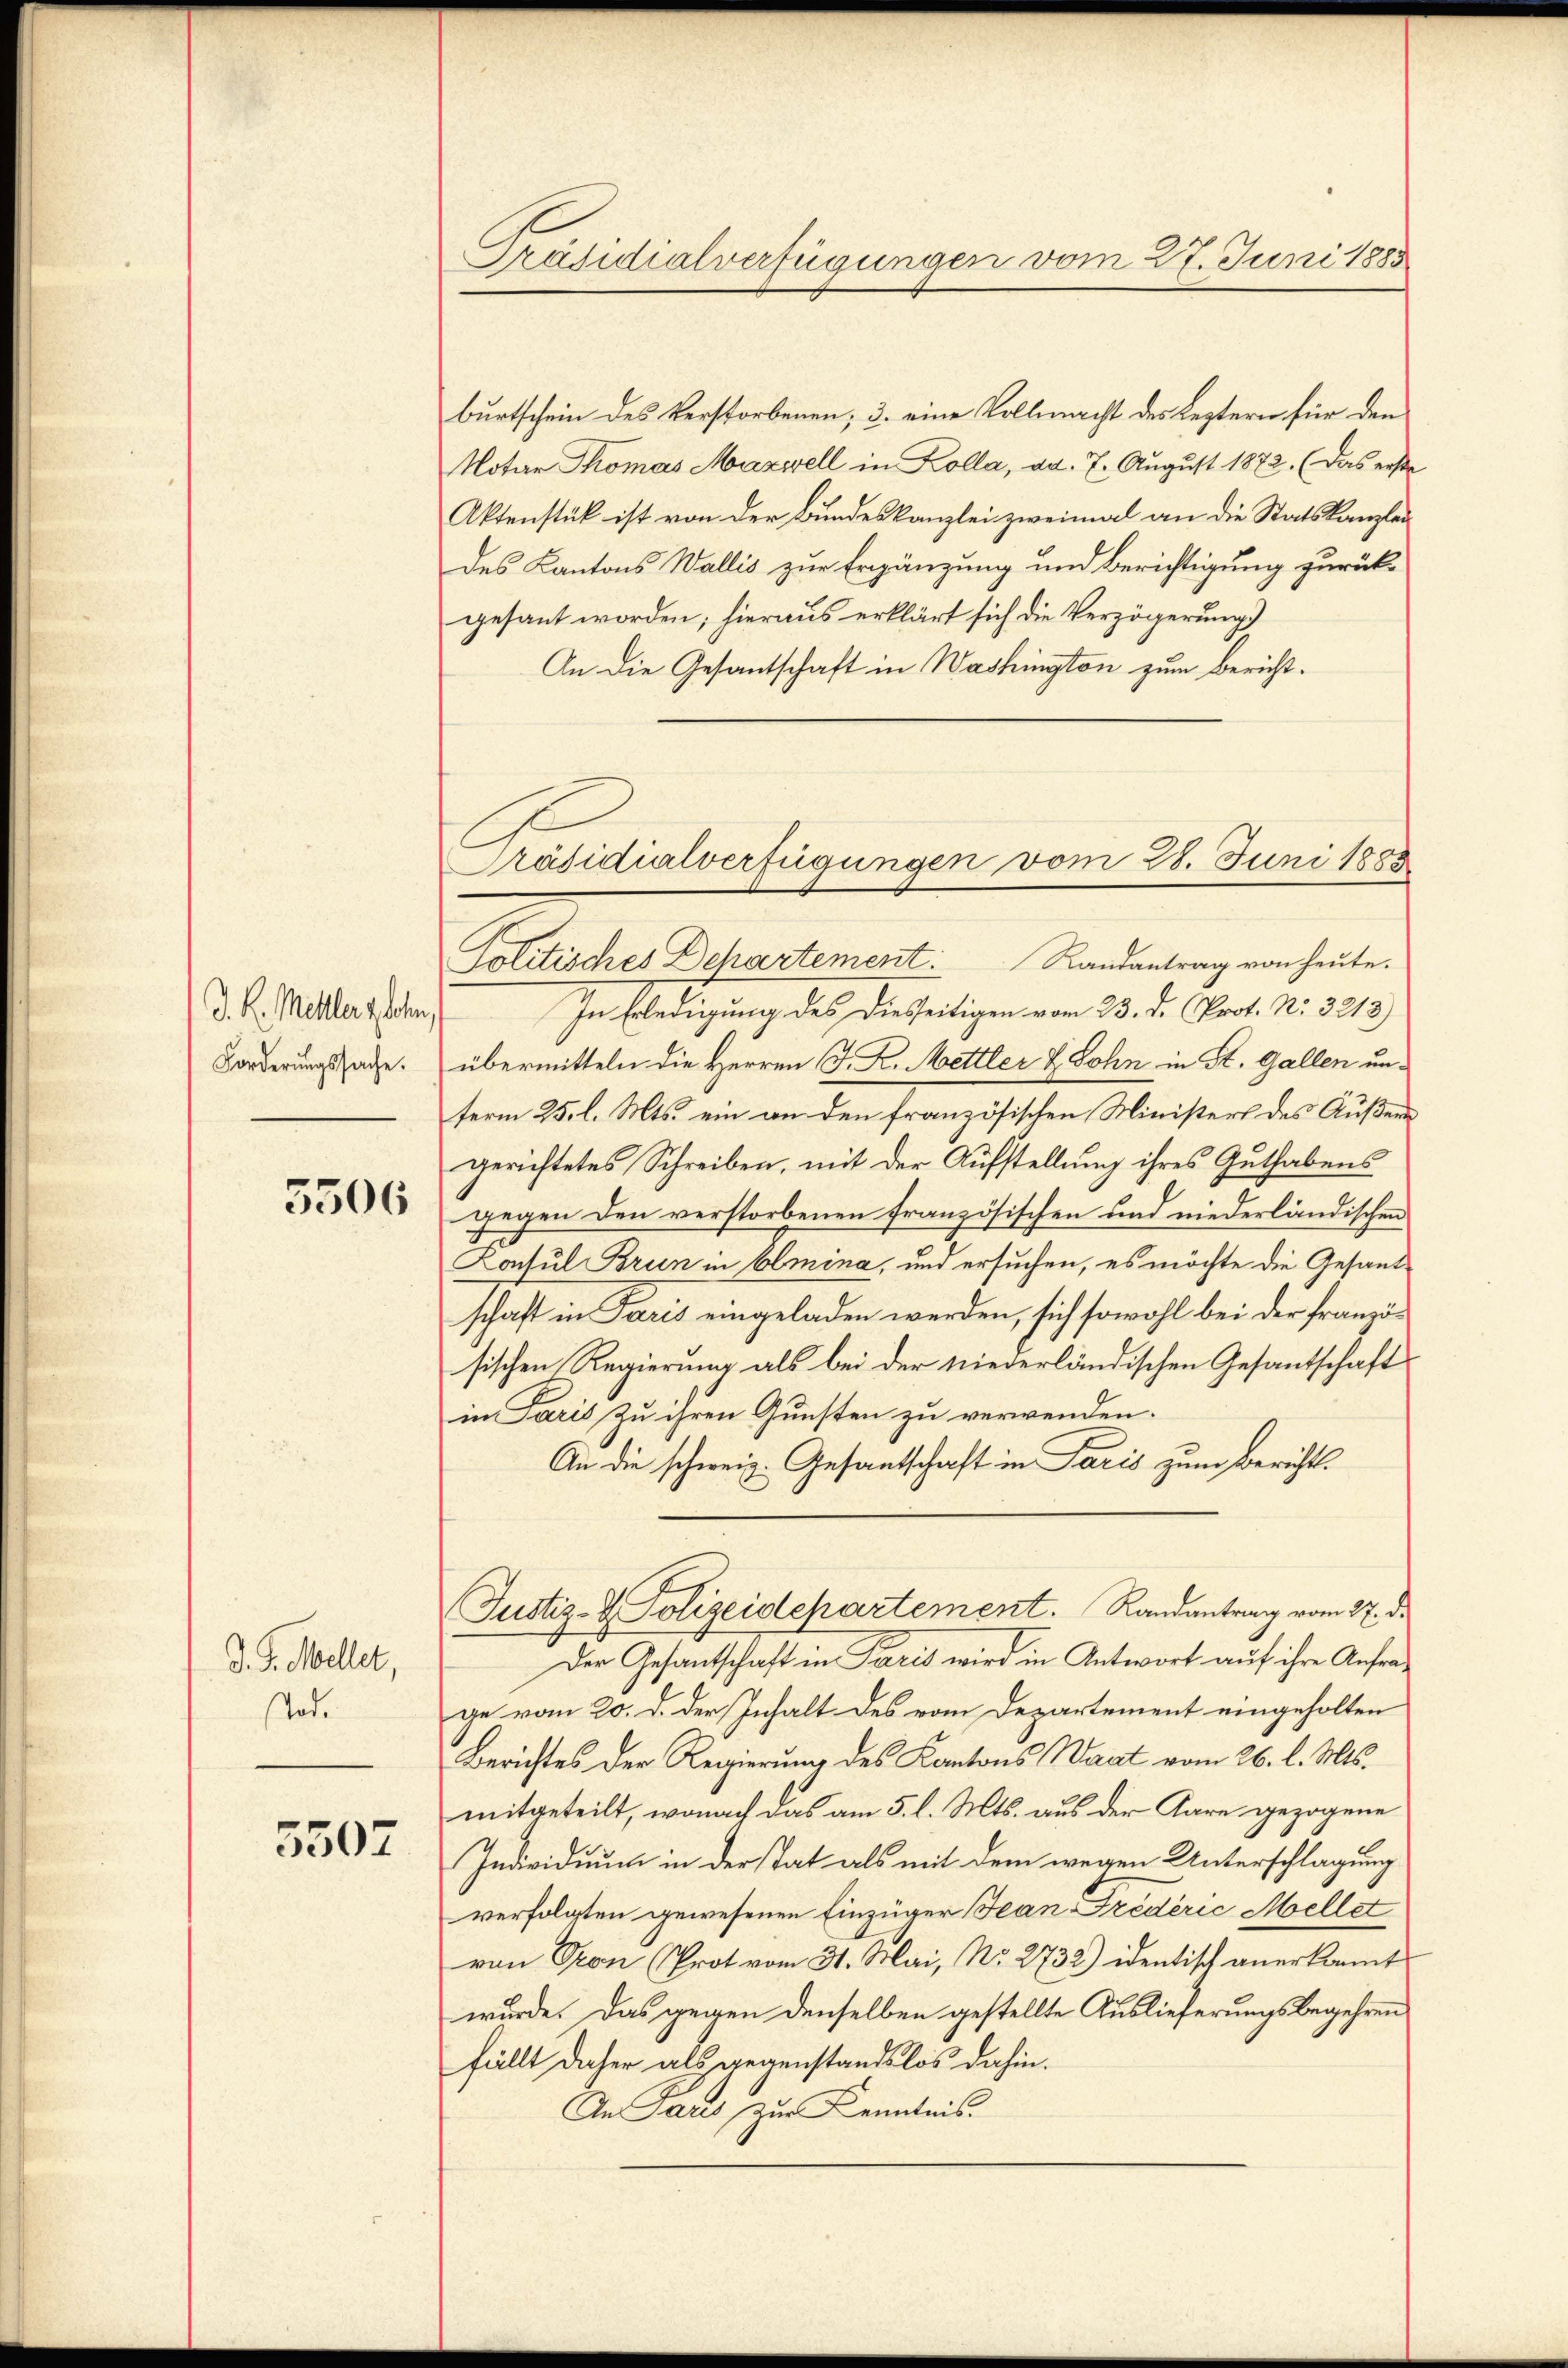
J. K. Meller u. ohn
Forderungssache.

5506

d. G. Mellet,
sTade

5507

Präsidialverfügungen vom 27. Juni 1885

burtschein des Verstorbenen; 3. eine Vollmacht des Leztern für den
Notar Thomas Maxzell in Kolla, ad. 7. August 1872. (Das erste
Aktenstück ist von der Bundeskanzlei zweimal an die Statskanzlei
des Kantons Wallis zur Ergänzung und Berichtigung zurückgesant worden; hieraus erklärt sich die Verzögerung
An die Gesantschaft in Washington zum Bericht.
In Erledigung des Diesseitigen vom 23. d. Prot. N. 3213)
übermitteln die Herren J. K. Mettler & Sohn in St. Gallen unterm 25. l. Mts. ein an den französischen Ministers des Äußeru
gerichtetes Schreiben, mit der Aufstellung ihres Guthabens
gegen den verstorbenen französischen und niederländischen
Kotul Brun in Aemina, und ersuchen, es möchte die Gesandschaft in Paris eingeladen werden, sich sowohl bei der französischen Regierung als bei der niederländischen Gesantschaft
in Paris zu ihren Gunsten zu verwenden.
An die schweiz. Gesantschaft in Paris zum Berichts¬
Justiz- & Polizeidepartement. Randantrag vom 27. d.
Der Gesantschaft in Paris wird in Antwort auf ihre Anfrage vom 20. d. der Inhalt des vom Departement eingeholten
Berichtes der Regierung des Kantons Waat vom 26. l. Mts.
mitgeteilt, wonach das am 5. l. Mts. aus der Aare gezogene
Individuum in der stat als mit dem wegen Unterschlagung
verfolgten gewesenen Einzüger Jean Fredérić Mellet
von Pron (Prot vom 31. Mai, No. 2732) identisch anerkannt
wurde. Das gegen denselben gestellte Auslieferungsbegehren
fällt daher als gegenstandslos dahin.
An Paus zur Kenntnis.

Präsidialverfügungen vom 28. Juni 1885
Politisches Departement: Randantrag von heŭte.